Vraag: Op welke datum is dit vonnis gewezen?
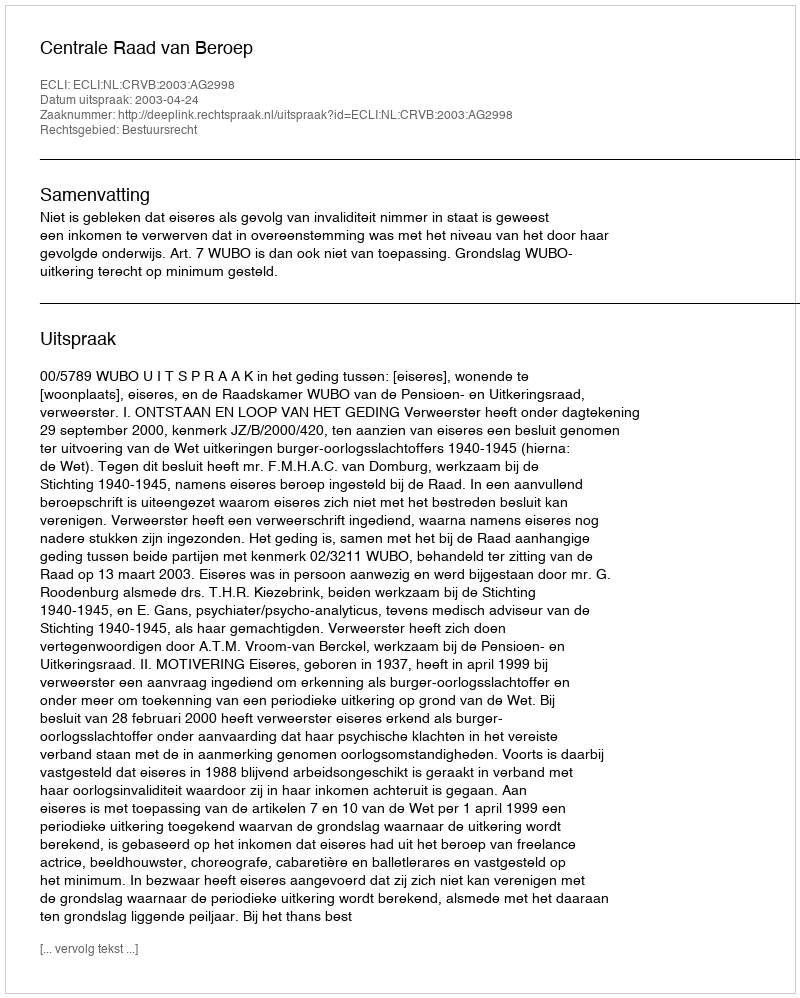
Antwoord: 2003-04-24